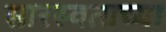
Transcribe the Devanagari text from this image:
सारस्वताच्या